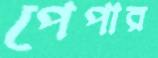
পেপার